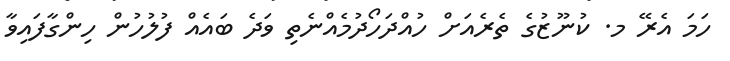
ހަމަ އެރޭ މ. ކުނޫޒުގެ ތެރެއަށް ހުއްދަހޯދުމެއްނެތި ވަދެ ބައެއް ފުލުހުން ހިންގާފައިވާ